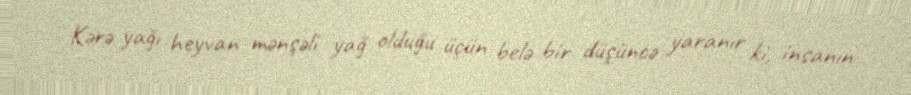
Kərə yağı heyvan mənşəli yağ olduğu üçün belə bir düşüncə yaranır ki, insanın